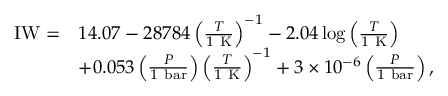
\begin{array} { r l } { \mathrm { I W } = } & { 1 4 . 0 7 - 2 8 7 8 4 \left( \frac { T } { 1 \mathrm { ~ K } } \right) ^ { - 1 } - 2 . 0 4 \log { \left( \frac { T } { 1 \mathrm { ~ K } } \right) } } \\ & { + 0 . 0 5 3 \left( \frac { P } { 1 \mathrm { ~ b a r } } \right) \left( \frac { T } { 1 \mathrm { ~ K } } \right) ^ { - 1 } + 3 \times 1 0 ^ { - 6 } \left( \frac { P } { 1 \mathrm { ~ b a r } } \right) , } \end{array}